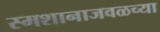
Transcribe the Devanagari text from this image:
स्मशानाजवळच्या